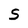
Character: S